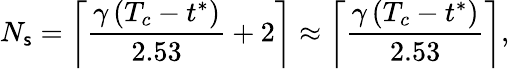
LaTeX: N_{\mathsf{s}}=\left\lceil\frac{{\gamma\, (T_{c}-t^{*})}}{{2.53}}+2\right\rceil\approx\left\lceil\frac{{\gamma\, (T_{c}-t^{*})}}{{2.53}}\right\rceil,